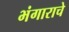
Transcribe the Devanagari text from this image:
भंगाराचे